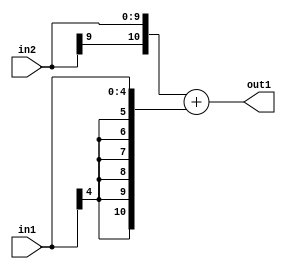
`timescale 1ps / 1ps
/*****************************************************************************
    Verilog RTL Description
    
    
    Created by: Stratus DpOpt 2019.1.01 
*******************************************************************************/

module cache_Add_10Sx5S_11S_4 (
	in2,
	in1,
	out1
	); /* architecture "behavioural" */ 
input [9:0] in2;
input [4:0] in1;
output [10:0] out1;
wire [10:0] asc001;

assign asc001 = 
	+({in2[9], in2})
	+({{6{in1[4]}}, in1});

assign out1 = asc001;
endmodule

/* CADENCE  ubL2SQk= : u9/ySgnWtBlWxVPRXgAZ4Og= ** DO NOT EDIT THIS LINE ******/